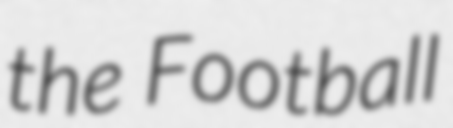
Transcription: the Football